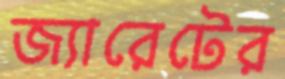
জ্যারেটের